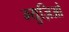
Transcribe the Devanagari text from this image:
म्युज़िओ